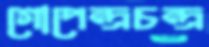
গোপেন্দ্রচন্দ্র